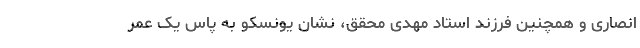
انصاری و همچنین فرزند استاد مهدی محقق، نشان یونسکو به پاس یک عمر